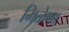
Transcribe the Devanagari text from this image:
मिळेणा